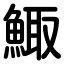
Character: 鯫